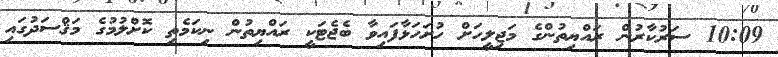
10:09 ސަރުކާރުން ރައްޔިތުންގެ މަޖިލީހަށް ހުށަހަޅާފައިވާ ބެޖެޓަކީ ރައްޔިތުން ނިކަމެތި ކޮށްލުމުގެ މަޤްސަދުގައި